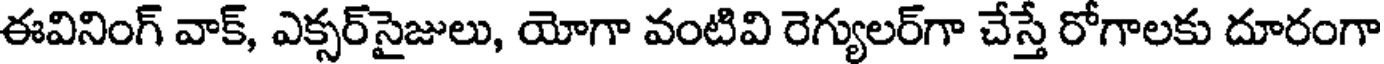
ఈవినింగ్ వాక్, ఎక్సర్సైజులు, యోగా వంటివి రెగ్యులర్గా చేస్తే రోగాలకు దూరంగా